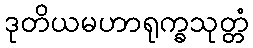
ဒုတိယမဟာရုက္ခသုတ္တံ